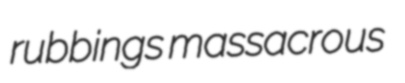
rubbings massacrous